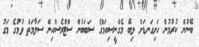
ބޭނުން ކުރުމުން ހަށިގަނޑަށް ލިބޭ މެގްނީސިއަމްގެ ސަބަބުން ސްޓްރެސްއިން ސަލާމަތް ވުމުގެ މަގު